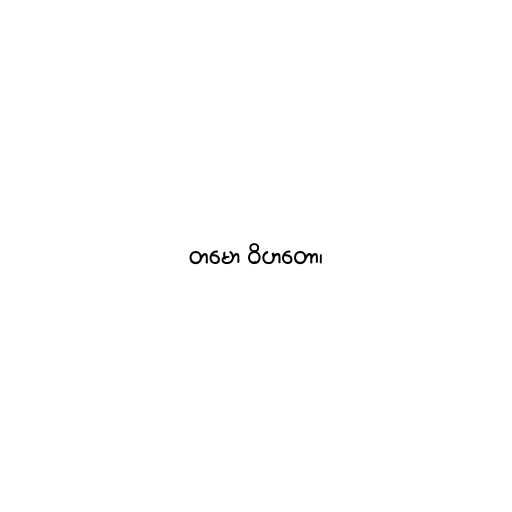
တမော ဝိဟတော၊